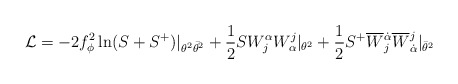
\begin{align*}{\cal L}=-2f_\phi^2 \ln(S+S^+)|_{\theta^2\bar{\theta^2}}+\frac{1}{2}SW^\alpha_j W_\alpha^j|_{\theta^2}+\frac{1}{2}S^+\overline{W}{}^{\dot{\alpha}}_j \overline{W}{}_{\dot{\alpha}}^j|_{\bar{\theta}^2}\end{align*}